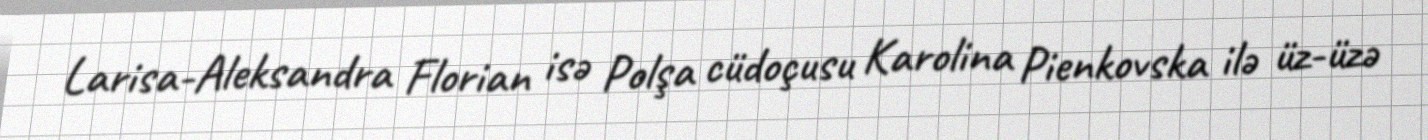
Larisa-Aleksandra Florian isə Polşa cüdoçusu Karolina Pienkovska ilə üz-üzə